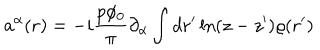
a ^ { \alpha } ( { \bf r } ) = - i \frac { p \phi _ { 0 } } { \pi } \partial _ { \alpha } \int d { \bf r ^ { \prime } } \ln ( z - z ^ { \prime } ) \varrho ( { \bf r ^ { \prime } } )